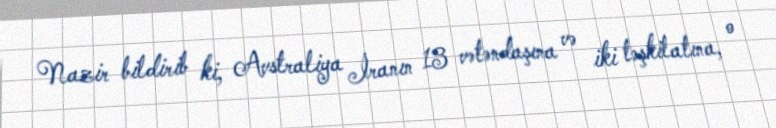
Nazir bildirib ki, Avstraliya İranın 13 vətəndaşına və iki təşkilatına, o